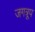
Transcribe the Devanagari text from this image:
जगत्रूप